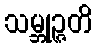
သမ္ဘုဉ္ဇတိ